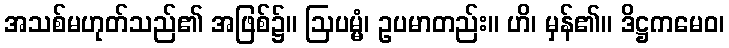
အသစ်မဟုတ်သည်၏ အဖြစ်၌။ ဩပမ္မံ၊ ဥပမာတည်း။ ဟိ၊ မှန်၏။ ဒိဋ္ဌကမေဝ၊